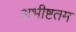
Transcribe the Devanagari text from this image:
अभीष्टतम